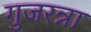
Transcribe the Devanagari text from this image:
गुजरन्ना